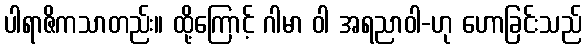
ပါရာဇိကသာတည်း။ ထို့ကြောင့် ဂါမာ ဝါ အရညာဝါ-ဟု ဟောခြင်းသည်